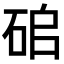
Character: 𥑵